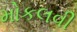
મોકલવી